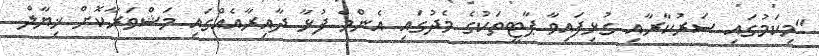
"މިކަމުގައި ސަރުކާރާއި ގުޅިފައިވާ ޕާޓީތަކުގެ މެދުގައި އެންމެ ފުޅާ ދާއިރާއެއްގައި މަޝްވަރާކޮށް ޚިޔާލް